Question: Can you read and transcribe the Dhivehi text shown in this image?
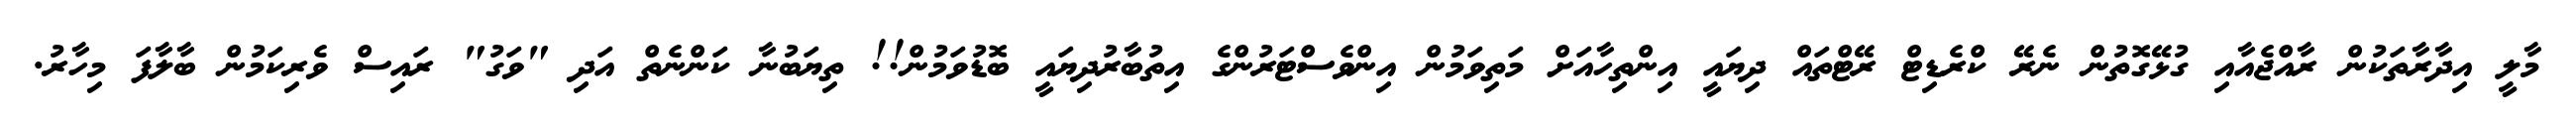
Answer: މާލީ އިދާރާތަކުން ރާއްޖެއާއި ގުޅޭގޮތުން ނެރޭ ކްރެޑިޓް ރޭޓްތައް ދިޔައީ އިންތިހާއަށް މަތިވަމުން އިންވެސްޓަރުންގެ އިތުބާރުދިޔައީ ބޮޑުވަމުން!! ތިޔަބުނާ ކަންނެތް އަދި "ވަގު" ރައިސް ވެރިކަމުން ބާލާފަ މިހާރު.